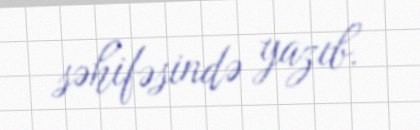
səhifəsində yazıb.